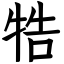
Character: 牿